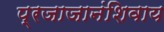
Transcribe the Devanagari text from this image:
प्रजाजानंशिवाय